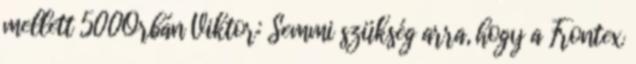
mellett 500Orbán Viktor: Semmi szükség arra, hogy a Frontex